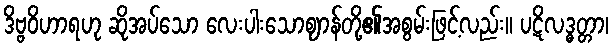
ဒိဗ္ဗဝိဟာရဟု ဆိုအပ်သော လေးပါးသောဈာန်တို့၏အစွမ်းဖြင့်လည်း။ ပဋိလဒ္ဓတ္တာ၊